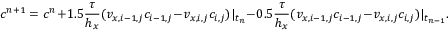
c ^ { n + 1 } = c ^ { n } + 1 . 5 \frac { \tau } { h _ { x } } ( v _ { x , i - 1 , j } c _ { i - 1 , j } - v _ { x , i , j } c _ { i , j } ) | _ { t _ { n } } - 0 . 5 \frac { \tau } { h _ { x } } ( v _ { x , i - 1 , j } c _ { i - 1 , j } - v _ { x , i , j } c _ { i , j } ) | _ { t _ { n - 1 } } .